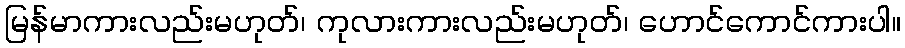
မြန်မာကားလည်းမဟုတ်၊ ကုလားကားလည်းမဟုတ်၊ ဟောင်ကောင်ကားပါ။